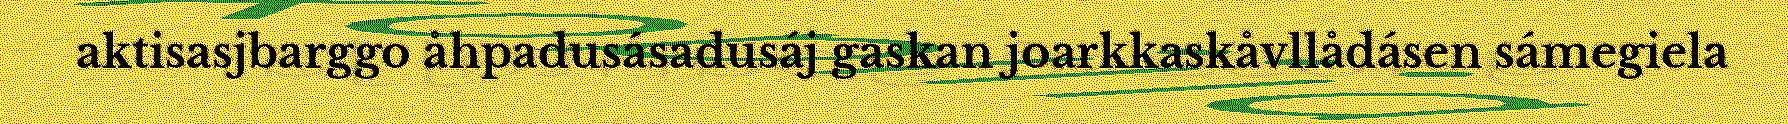
aktisasjbarggo åhpadusásadusáj gaskan joarkkaskåvllådásen sámegiela